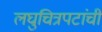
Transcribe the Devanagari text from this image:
लघुचित्रपटांची